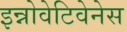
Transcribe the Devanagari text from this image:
इन्नोवेटिवेनेस